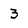
Character: 3